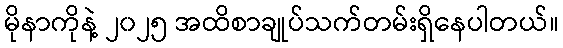
မိုနာကိုနဲ့ ၂၀၂၅ အထိစာချုပ်သက်တမ်းရှိနေပါတယ်။